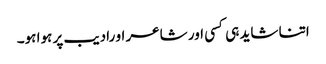
اتنا شاید ہی کسی اور شاعر او رادیب پر ہوا ہو۔